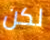
لكن